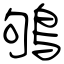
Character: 鴝